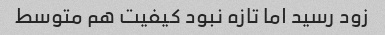
زود رسید اما تازه نبود کیفیت هم متوسط